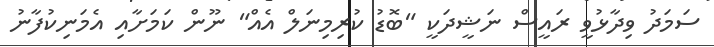
ސަމަދު ވިދާޅުވީ ރައީސް ނަޝީދަކީ "ބޮޑު ކުރިމިނަލް އެއް" ނޫން ކަމަށާއި އެމަނިކުފާނު